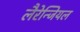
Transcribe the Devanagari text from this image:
लैरेन्जियल